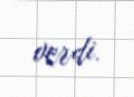
verdi.